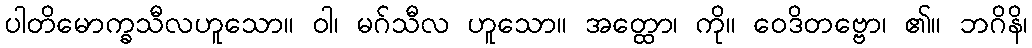
ပါတိမောက္ခသီလဟူသော။ ဝါ၊ မဂ်သီလ ဟူသော။ အတ္ထော၊ ကို။ ဝေဒိတဗ္ဗော၊ ၏။ ဘဂိနိ၊